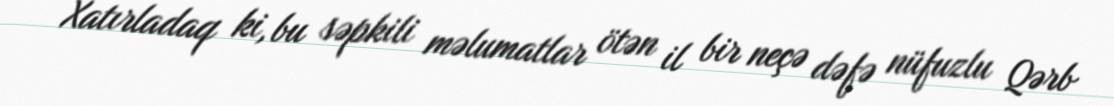
Xatırladaq ki, bu səpkili məlumatlar ötən il bir neçə dəfə nüfuzlu Qərb